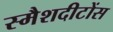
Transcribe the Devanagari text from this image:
स्मैशदीटोंस